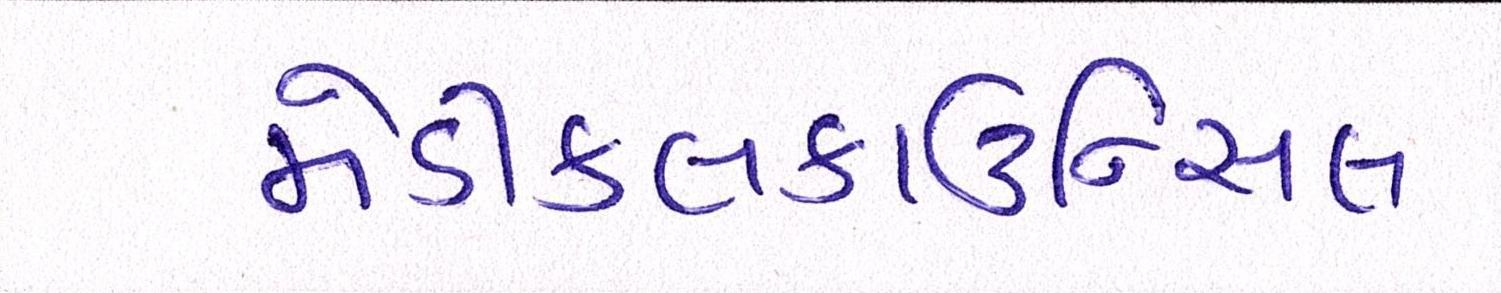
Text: મેડીકલકાઉન્સિલ